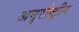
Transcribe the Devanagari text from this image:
अनृर्राष्ट्रीय